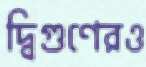
দ্বিগুণেরও